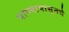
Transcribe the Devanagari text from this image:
पाण्यापासूनचे